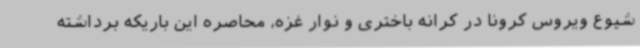
شیوع ویروس کرونا در کرانه باختری و نوار غزه، محاصره این باریکه برداشته